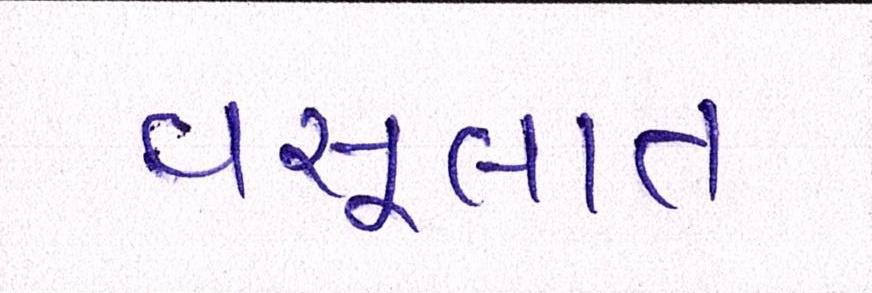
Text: વસૂલાત